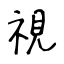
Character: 視